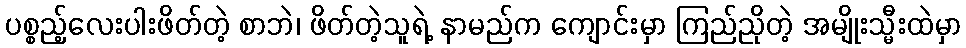
ပစ္စည့်လေးပါးဖိတ်တဲ့ စာဘဲ၊ ဖိတ်တဲ့သူရဲ့ နာမည်က ကျောင်းမှာ ကြည်ညိုတဲ့ အမျိုးသ္မီးထဲမှာ